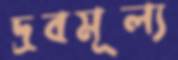
দ্রবমূল্য